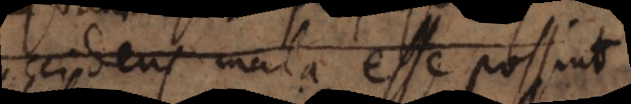
accidens mala esse possin